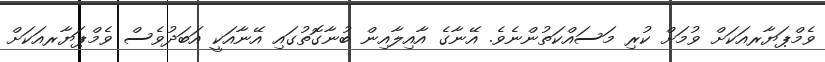
ވެމްޕަޔާރއަކަށް ވުމަށް ކުރި މަސައްކަތުންނެވެ. އޭނާގެ އާއިލާއިން ބުނާގޮތުގައި އޭނާއަކީ އަބަދުވެސް ވެމްޕަޔާރއަކަށް